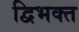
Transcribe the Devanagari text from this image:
द्विभक्त